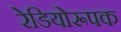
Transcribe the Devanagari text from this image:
रेडियोरूपक